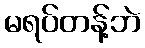
မရပ်တန့်ဘဲ